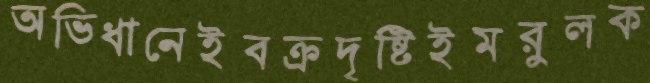
অভিধানেইবক্রদৃষ্টিইমরুলক